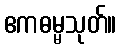
ဧကဓမ္မသုတ်။